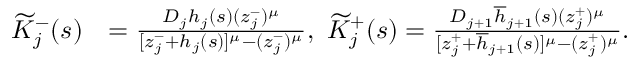
\begin{array} { r l } { \widetilde { K } _ { j } ^ { - } ( s ) } & { = \frac { D _ { j } h _ { j } ( s ) ( z _ { j } ^ { - } ) ^ { \mu } } { [ z _ { j } ^ { - } + h _ { j } ( s ) ] ^ { \mu } - ( z _ { j } ^ { - } ) ^ { \mu } } , \ \widetilde { K } _ { j } ^ { + } ( s ) = \frac { D _ { j + 1 } \overline { { h } } _ { j + 1 } ( s ) ( z _ { j } ^ { + } ) ^ { \mu } } { [ z _ { j } ^ { + } + \overline { { h } } _ { j + 1 } ( s ) ] ^ { \mu } - ( z _ { j } ^ { + } ) ^ { \mu } } . } \end{array}